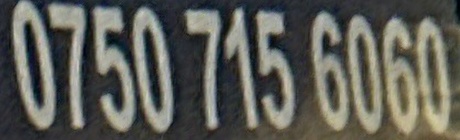
0750 715 6060